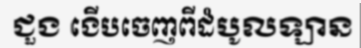
ជួង ងើបចេញពីដំបូលឡាន